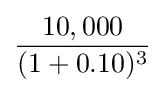
{\frac {10,000}{(1+0.10)^{3}}}